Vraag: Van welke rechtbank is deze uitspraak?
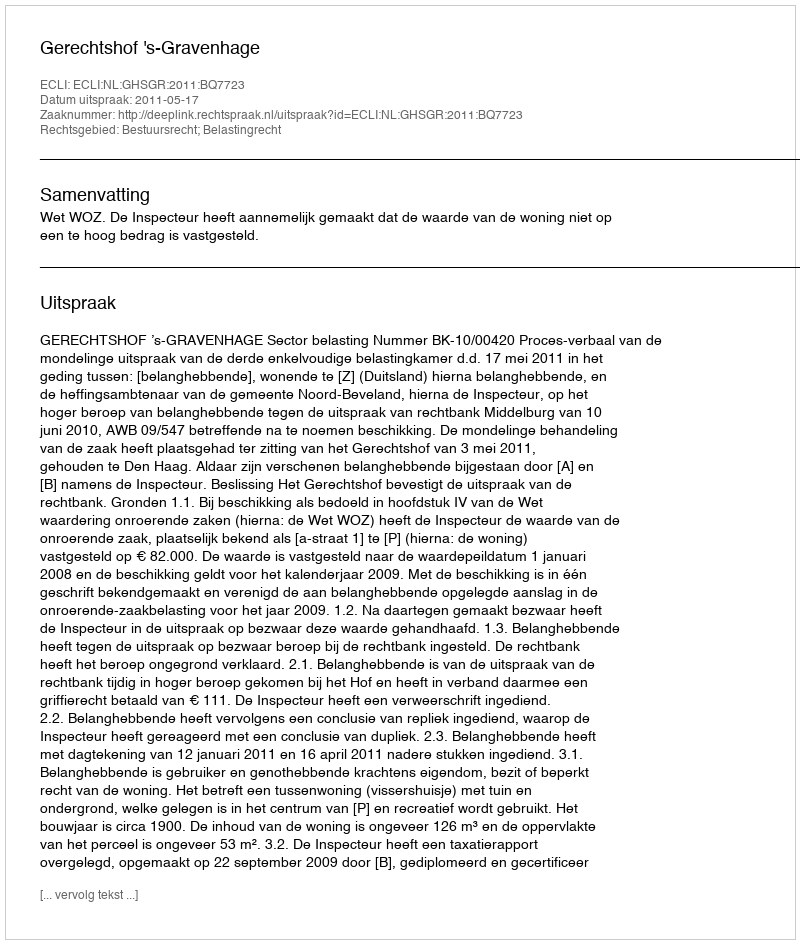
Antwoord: Gerechtshof 's-Gravenhage